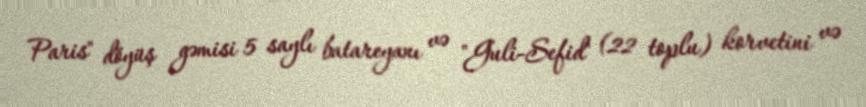
Paris" döyüş gəmisi 5 saylı batareyanı və "Guli-Sefid" (22 toplu) korvetini və